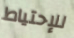
للإحتياط